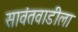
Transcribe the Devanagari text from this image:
सावंतवाडीला